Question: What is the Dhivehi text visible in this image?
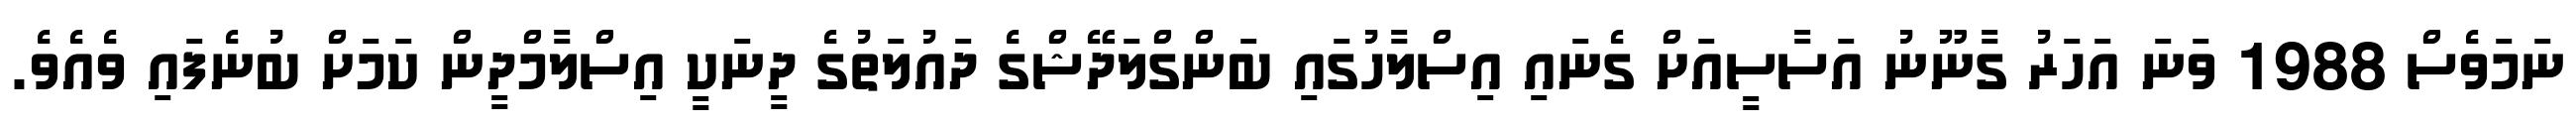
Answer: ނަމަވެސް 1988 ވަނަ އަހަރު ގާނޫނު އަސާސީއަށް ގެނައި އިސްލާހުގައި ބަންގްލަދޭޝްގެ ދައުލަތުގެ ދީނަކީ އިސްލާމްދީން ކަމަށް ބުނެފައި ވެއެވެ.